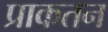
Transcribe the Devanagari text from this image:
प्राकतन